Report of the Indian Hemp Drugs Commission, 1894-1895 - Volume VI
Year: 1894
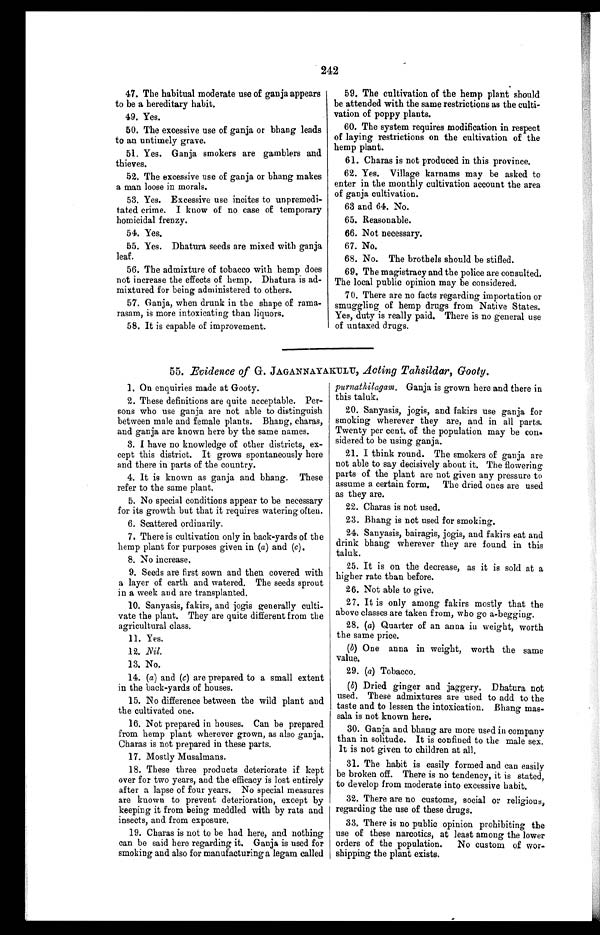
242
47. The habitual moderate use of ganja appears
to be a hereditary habit.
49. Yes.
50. The excessive use of ganja or bhang leads
to an untimely grave.
51. Yes. Ganja smokers are gamblers and
thieves.
52. The excessive use of ganja or bhang makes
a man loose in morals.
53. Yes. Excessive use incites to unpremedi-
tated crime. I know of no case of temporary
homicidal frenzy.
54. Yes.
55. Yes. Dhatura seeds are mixed with ganja
leaf.
56. The admixture of tobacco with hemp does
not increase the effects of hemp. Dhatura is ad-
mixtured for being administered to others.
57. Ganja, when drunk in the shape of rama-
rasam, is more intoxicating than liquors.
58. It is capable of improvement.
59. The cultivation of the hemp plant should
be attended with the same restrictions as the culti-
vation of poppy plants.
60. The system requires modification in respect
of laying restrictions on the cultivation of the
hemp plant.
61. Charas is not produced in this province.
62. Yes. Village karnams may be asked to
enter in the monthly cultivation account the area
of ganja cultivation.
63 and 64. No.
65. Reasonable.
66. Not necessary.
67. No.
68. No. The brothels should be stifled.
69. The magistracy and the police are consulted.
The local public opinion may be considered.
70. There are no facts regarding importation or
smuggling of hemp drugs from Native States.
Yes, duty is really paid. There is no general use
of untaxed drugs.
55. Evidence of G. JAGANNAYAKULU, Acting Tahsildar, Gooty.
1 . O n e n q u i r i e s m a d e a t G o o t y .
2. These definitions are quite acceptable. Per-
sons who use ganja are not able to distinguish
between male and female plants. Bhang, charas,
and ganja are known here by the same names.
3. I have no knowledge of other districts, ex-
cept this district. It grows spontaneously here
and there in parts of the country.
4. It is known as ganja and bhang. These
refer to the same plant.
5. No special conditions appear to be necessary
for its growth but that it requires watering often.
6. Scattered ordinarily.
7. There is cultivation only in back-yards of the
hemp plant for purposes given in ( a) and (c ).
8 . N o i n c r e a s e .
9. Seeds are first sown and then covered with
a layer of earth and watered. The seeds sprout
in a week and are transplanted.
10. Sanyasis, fakirs, and jogis generally culti-
vate the plant. They are quite different from the
agricultural class.
11. Yes.
12. Nil.
13. No.
14. (a) and (c) are prepared to a small extent
in the back-yards of houses.
15. No difference between the wild plant and
the cultivated one.
16. Not prepared in houses. Can be prepared
from hemp plant wherever grown, as also ganja.
Charas is not prepared in these parts.
17. Mostly Musalmans.
18. These three products deteriorate if kept
over for two years, and the efficacy is lost entirely
after a lapse of four years. No special measures
are known to prevent deterioration, except by
keeping it from being meddled with by rats and
insects, and from exposure.
19. Charas is not to be had here, and nothing
can be said here regarding it. Ganja is used for
smoking and also for manufacturing a legam called
purnathilagam. Ganja is grown here and there in
this taluk.
20. Sanyasis, jogis, and fakirs use ganja for
smoking wherever they are, and in all parts.
Twenty per cent, of the population may be con-
sidered to be using ganja.
21. I think round. The smokers of gauja are
not able to say decisively about it. The flowering
parts of the plant are not given any pressure to
assume a certain form. The dried ones are used
as they are.
22. Charas is not used.
23. Bhang is not used for smoking.
24. Sanyasis, bairagis, jogis, and fakirs eat and
drink bhang wherever they are found in this
taluk.
25. It is on the decrease, as it is sold at a
higher rate than before.
26. Not able to give.
27. It is only among fakirs mostly that the
above classes are taken from, who go a-begging.
28. (a) Quarter of an anna in weight, worth
the same price.
( b ) One anna in weight, worth the same
value.
29. (a) Tobacco.
( b ) Dried ginger and jaggery. Dhatura not
used. These admixtures are used to add to the
taste and to lessen the intoxication. Bhang mas-
sala is not known here.
30. Ganja and bhang are more used in company
than in solitude. It is confined to the male sex.
It is not given to children at all.
31. The habit is easily formed and can easily
be broken off. There is no tendency, it is stated,
to develop from moderate into excessive habit.
32. There are no customs, social or religious,
regarding the use of these drugs.
33. There is no public opinion prohibiting the
use of these narcotics, at least among the lower
orders of the population. No custom of wor-
shipping the plant exists.